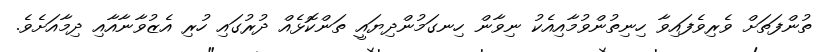
ތުންފަތަށް ވެރިވެފައިވާ ހިނިތުންވުމާއިއެކު ނިވާން ހިނގަމުންދިޔައީ ތަންކޮޅެއް ދުރުގައި ހުރި އެޒުވާނާއާއި ދިމާއަށެވެ.